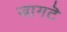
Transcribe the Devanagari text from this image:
जागटॆ